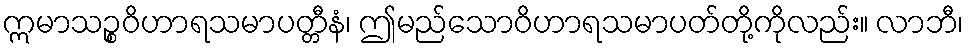
ဣမာသဉ္စဝိဟာရသမာပတ္တီနံ၊ ဤမည်သောဝိဟာရသမာပတ်တို့ကိုလည်း။ လာဘီ၊